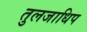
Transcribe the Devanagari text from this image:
तुलजाधिप